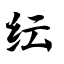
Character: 纭